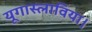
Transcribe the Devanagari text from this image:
यूगास्लाविया।